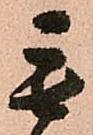
毛